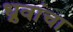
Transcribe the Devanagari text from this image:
ध्रुवांचा